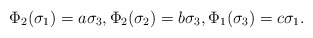
\begin{align*}\Phi_2(\sigma_1) = a\sigma_3,\Phi_2(\sigma_2) = b\sigma_3,\Phi_1(\sigma_3) = c\sigma_1.\end{align*}